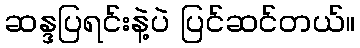
ဆန္ဒပြရင်းနဲ့ပဲ ပြင်ဆင်တယ်။